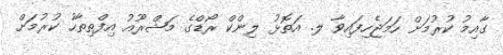
ގާއިމު ކުރުމަށް ހަމަޖެހިފައިވާ ލ. އަތޮޅު ލިންކް ރޯޑްގެ މަޝްރޫއު އިފްތިތާހު ކުރުމަށް